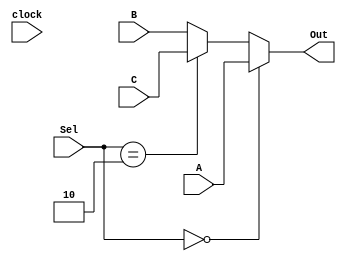
module MUX(A, B, C, Sel , clock, Out);

input [1:0]Sel;
input clock;
input [31:0] A,B,C;
output reg [31:0]Out;

always @ (*) begin
	Out = B;

	if (Sel == 0) begin
		Out = A;
	end
	
	else if (Sel == 2) begin
		Out = C;
	end
	
end

endmodule